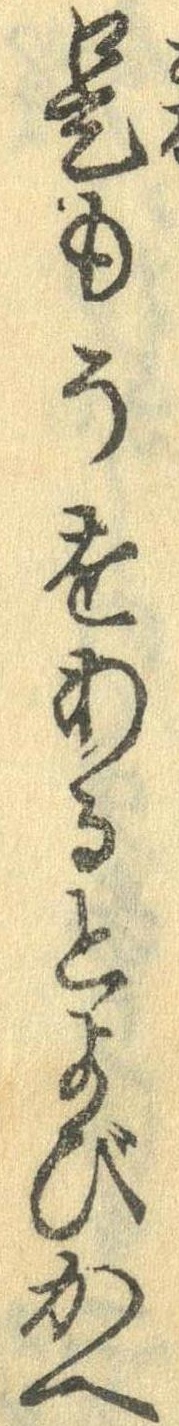
是もうをあるとよびかへ